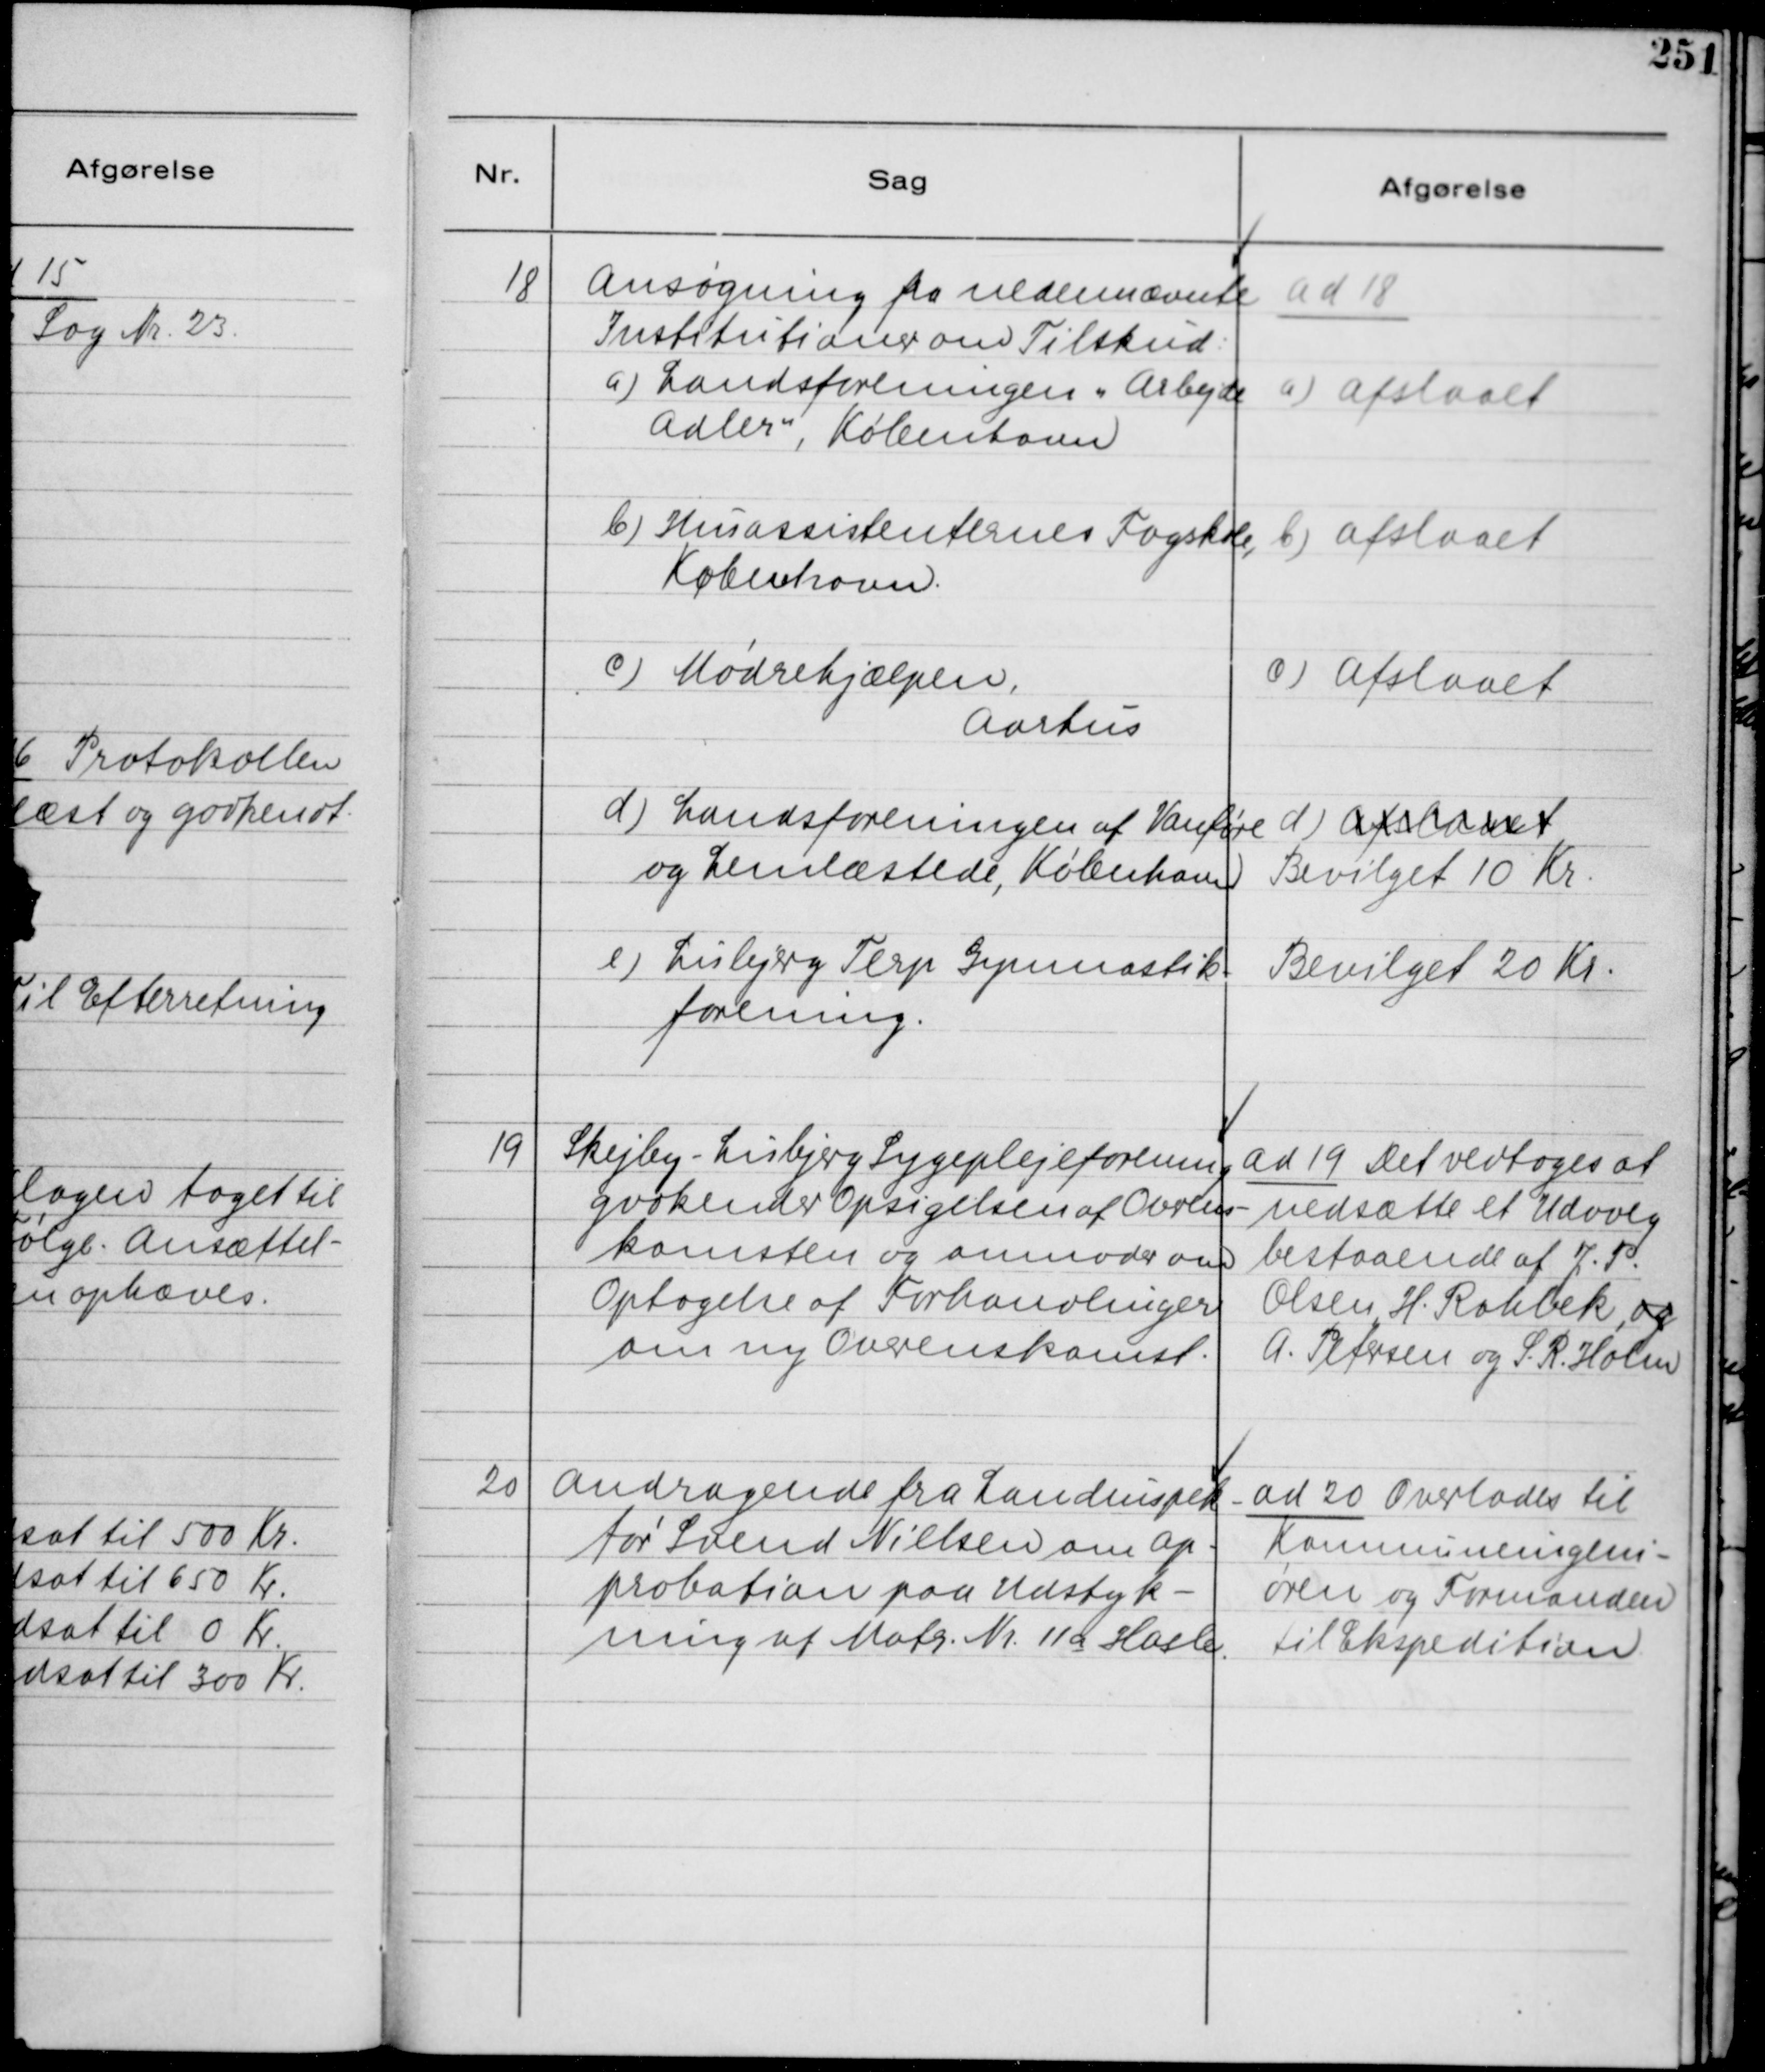
Transskription:
18
Ansøgning fra nedennævnte
Institutioner om Tilskud:
a) Landsforeningen "Arbejde
Adler", Købentavn
b) Huassistenternes Fagskole,
København.
c) Mødrehjælpen,
Aarhus
d) Landsforeningen af Vanføre
og Lemslæstede, Købehavn.
e) Lisbjerg Terp Gymnastik-
forening.

ad 18
a) Afslaaet
b) Afslaaet
c) Afslaaet
d) Afslaaet
Bevilget 10 Kr.
Bevilget 20 Kr.

19
Skejby-Lisbjerg Sygeplejeforening
gvokender Opsigelsen af Overens-
komsten og anmoder om
Optagelse af Forhandlinger
om ny Overenskomst.

ad 19 Det vedtoges at
nedsætte et Udvalg
bestaaende af J. P.
Olsen, H. Rahbek og
A. Petersen og S. R. Holm

20
Andragende fra Landinspek-
tør Svend Nielsen om Ap-
probation paa Udstyk-
ning af Matr. Nr. 11a Hasle.

ad 20 Overlodes til
Kommuneingeni-
øren og Formanden
til Ekspedition.